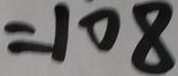
= 1 0 8